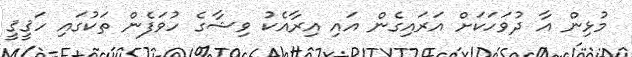
މުޅިން އާ ދުވަހަކަށް އަރައިގެން އައި އިރާއެކު ވިޝާގެ ހުވަފެން ތަކުގައި ހަޤީޤީ